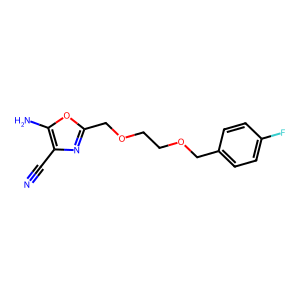
SMILES: N#Cc1nc(COCCOCc2ccc(F)cc2)oc1N
Inhibits HIV replication: No